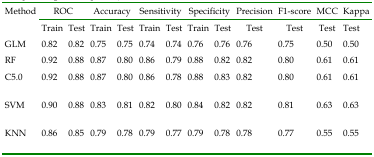
<table><thead><tr><td rowspan="2"><b>Method</b></td><td colspan="2"><b>ROC</b></td><td colspan="2"><b>Accuracy</b></td><td colspan="2"><b>Sensitivity</b></td><td colspan="2"><b>Specificity</b></td><td><b>Precision</b></td><td><b>F1-score</b></td><td><b>MCC</b></td><td><b>Kappa</b></td></tr></thead><tbody><tr><td>Train</td><td>Test</td><td>Train</td><td>Test</td><td>Train</td><td>Test</td><td>Train</td><td>Test</td><td>Test</td><td>Test</td><td>Test</td><td>Test</td></tr><tr><td>GLM</td><td>0.82</td><td>0.82</td><td>0.75</td><td>0.75</td><td>0.74</td><td>0.74</td><td>0.76</td><td>0.76</td><td>0.76</td><td>0.75</td><td>0.5</td><td>0.5</td></tr><tr><td>RF</td><td>0.92</td><td>0.88</td><td>0.87</td><td>0.8</td><td>0.86</td><td>0.79</td><td>0.88</td><td>0.82</td><td>0.82</td><td>0.8</td><td>0.61</td><td>0.61</td></tr><tr><td>C5.0</td><td>0.92</td><td>0.88</td><td>0.87</td><td>0.8</td><td>0.86</td><td>0.78</td><td>0.88</td><td>0.83</td><td>0.82</td><td>0.8</td><td>0.61</td><td>0.61</td></tr><tr><td>SVM</td><td>0.9</td><td>0.88</td><td>0.83</td><td>0.81</td><td>0.82</td><td>0.8</td><td>0.84</td><td>0.82</td><td>0.82</td><td>0.81</td><td>0.63</td><td>0.63</td></tr><tr><td>KNN</td><td>0.86</td><td>0.85</td><td>0.79</td><td>0.78</td><td>0.79</td><td>0.77</td><td>0.79</td><td>0.78</td><td>0.78</td><td>0.77</td><td>0.55</td><td>0.55</td></tr></tbody></table>